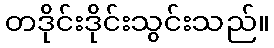
တဒိုင်းဒိုင်းသွင်းသည်။